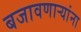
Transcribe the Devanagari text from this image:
बजावणाऱ्यांना